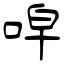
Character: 唕